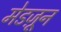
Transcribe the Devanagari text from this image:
मेडज़ून